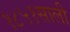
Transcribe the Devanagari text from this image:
१८५१साली